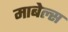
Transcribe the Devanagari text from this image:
माबेल्स